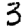
Digit: 3